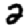
Digit: 2